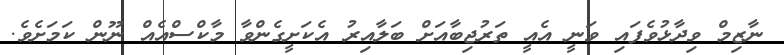
ނާޒިމް ވިދާޅުވެފައި ވަނީ އެއީ ތަރުޖިބާއަށް ބަލާއިރު އެކަށީގެންވާ މާކްސްއެއް ނޫން ކަމަށެވެ.